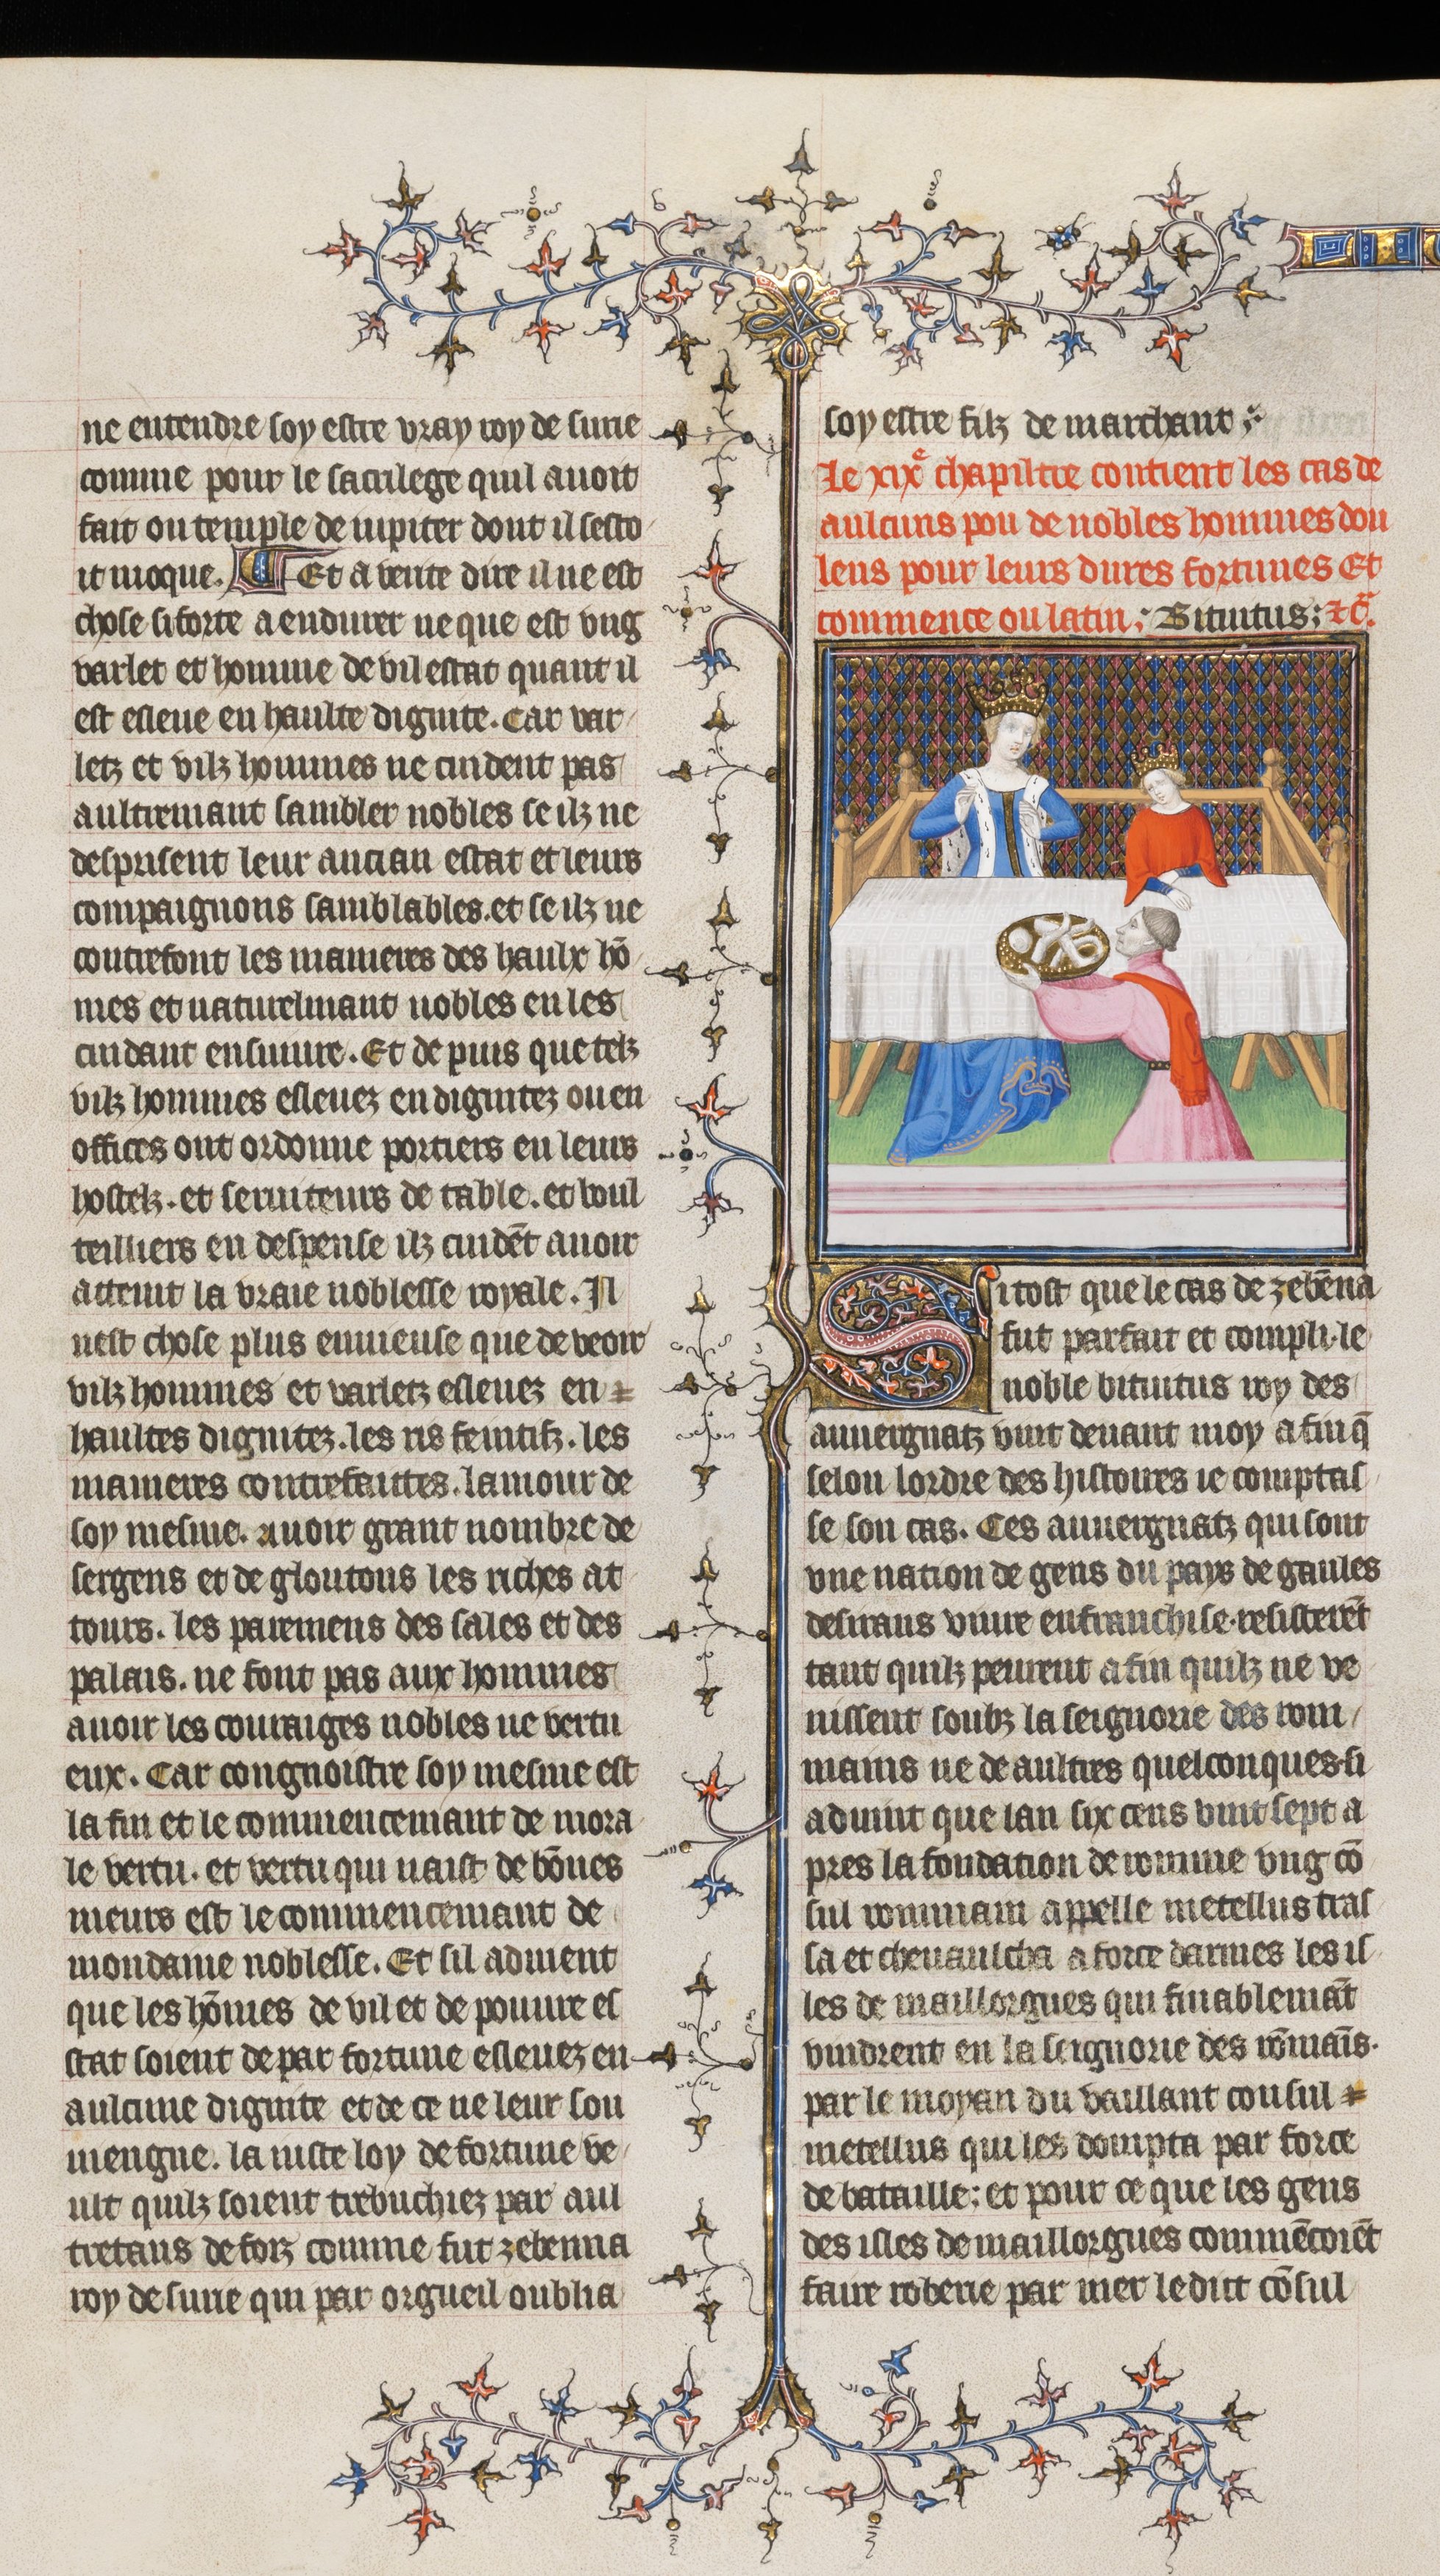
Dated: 1395–1425